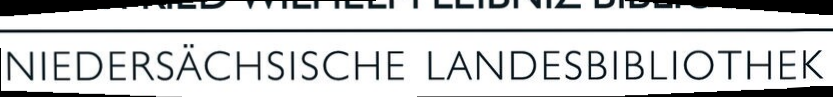
NIEDERSÄCHSISCHE LANDESBIBLIOTHEK